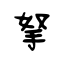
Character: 拏